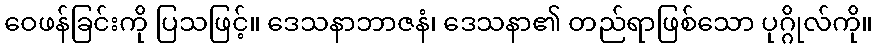
ဝေဖန်ခြင်းကို ပြသဖြင့်။ ဒေသနာဘာဇနံ၊ ဒေသနာ၏ တည်ရာဖြစ်သော ပုဂ္ဂိုလ်ကို။